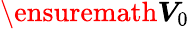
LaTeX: \ensuremath{\boldsymbol{V}}_{0}